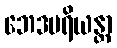
ဘေဒပရိယန္တာ